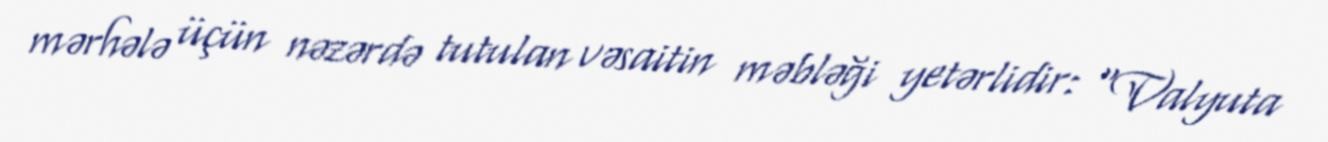
mərhələ üçün nəzərdə tutulan vəsaitin məbləği yetərlidir: “Valyuta